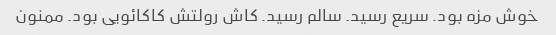
خوش مزه بود. سریع رسید. سالم رسید. کاش رولتش کاکائویی بود. ممنون